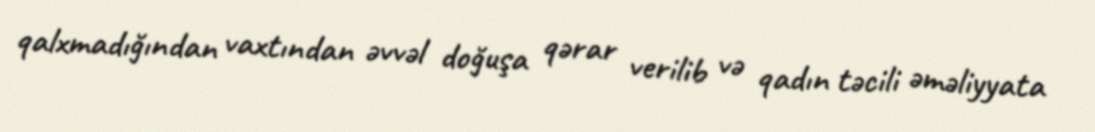
qalxmadığından vaxtından əvvəl doğuşa qərar verilib və qadın təcili əməliyyata